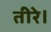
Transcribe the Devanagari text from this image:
तीरे।